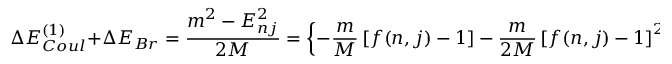
\Delta E _ { C o u l } ^ { ( 1 ) } + \Delta E _ { B r } = \frac { m ^ { 2 } - E _ { n j } ^ { 2 } } { 2 M } = \left\{ - \frac { m } { M } \left[ f ( n , j ) - 1 \right] - \frac { m } { 2 M } \left[ f ( n , j ) - 1 \right] ^ { 2 } \right\} m ,